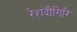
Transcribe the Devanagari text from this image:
रेशंदीगिरि